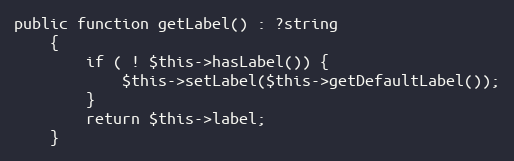
Language: PHP
public function getLabel() : ?string
    {
        if ( ! $this->hasLabel()) {
            $this->setLabel($this->getDefaultLabel());
        }
        return $this->label;
    }